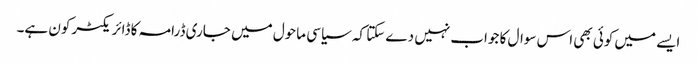
ایسے میں کوئی بھی اس سوال کا جواب نہیں دے سکتا کہ سیاسی ماحول میں جاری ڈرامہ کا ڈائریکٹر کون ہے۔